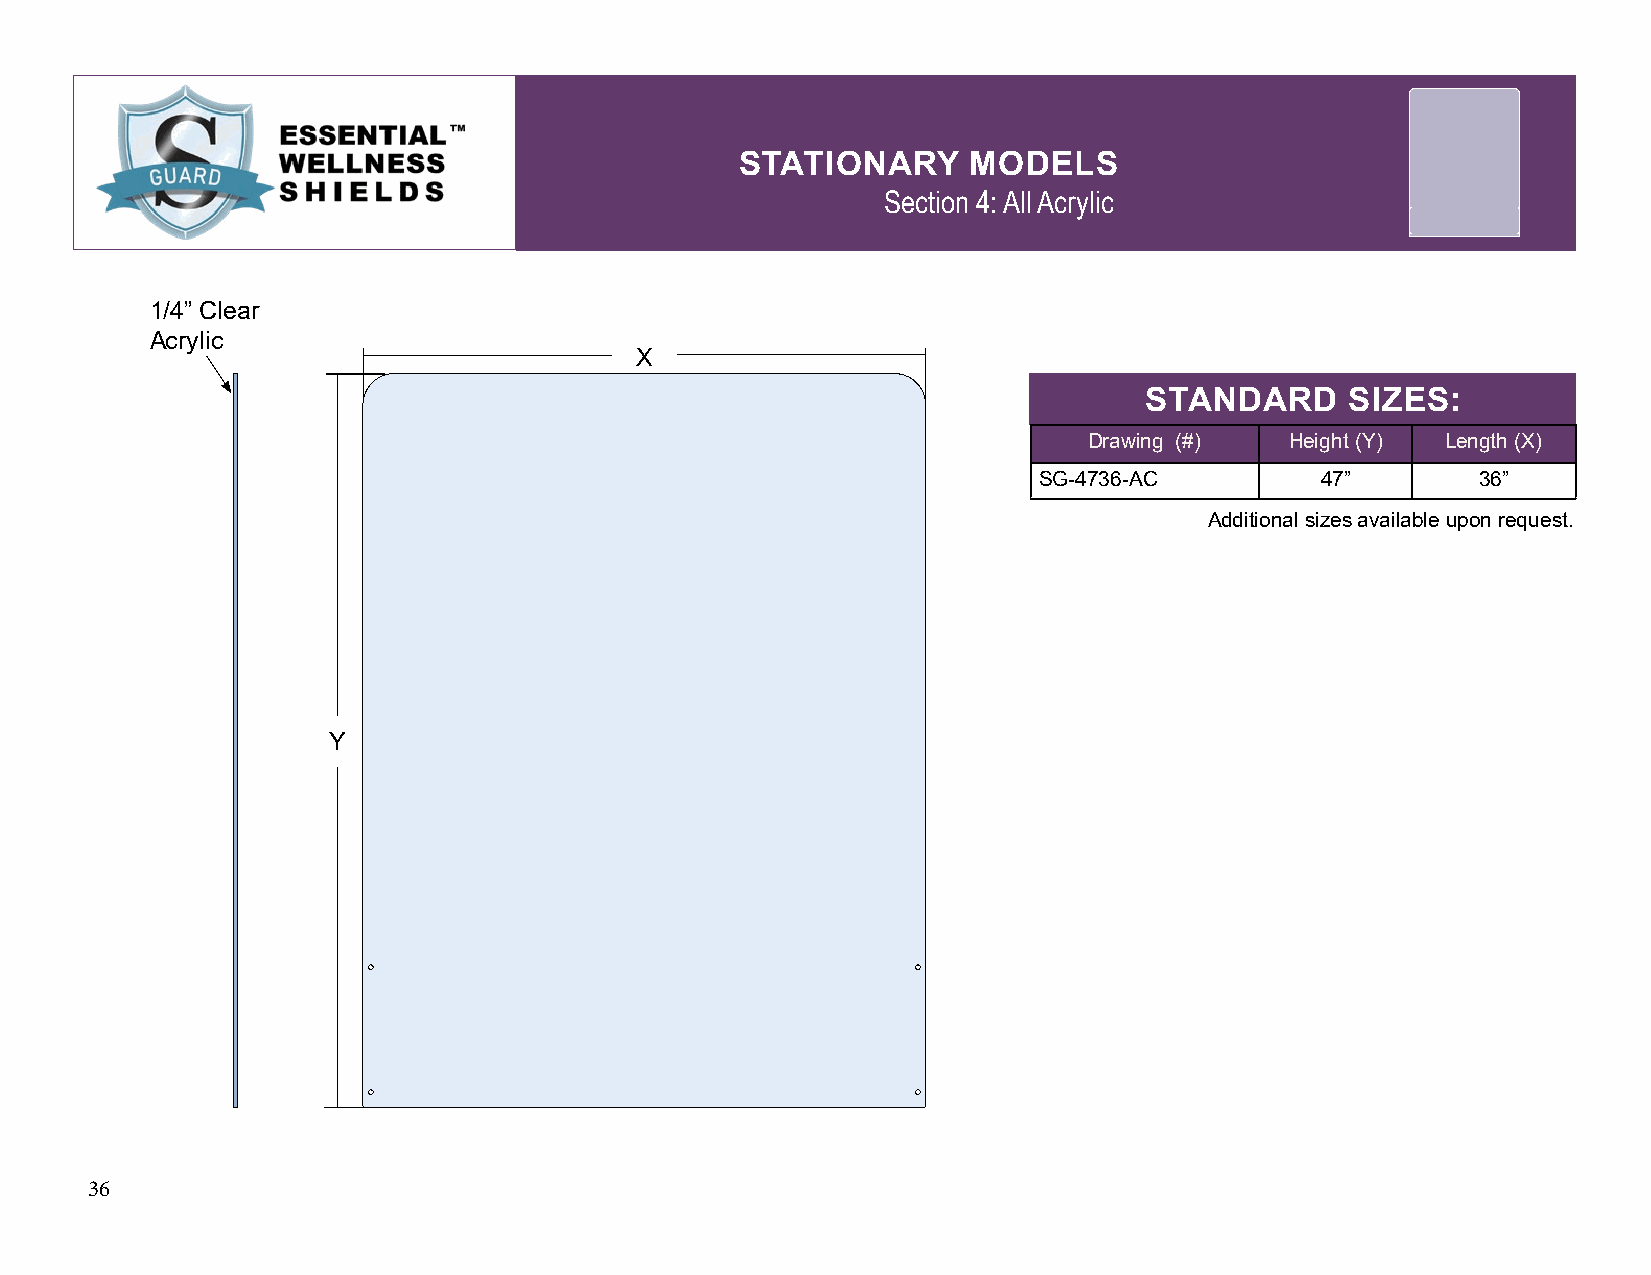
STATIONARY     MODELS
 Section 4: All Acrylic
 1/4” Clear
 Acrylic
 X
 STANDARD     SIZES:
 Drawing (#)  Height (Y) Length (X)
 SG-4736-AC        47”        36”
 Additional sizes available upon request.
 Y
 36